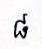
៨